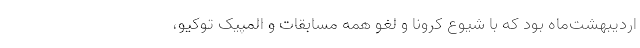
اردیبهشت‌ماه بود که با شیوع کرونا و لغو همه مسابقات و المپیک توکیو،